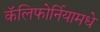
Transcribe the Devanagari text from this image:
कॅलिफोर्नियामधे